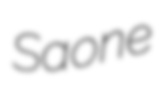
Saone